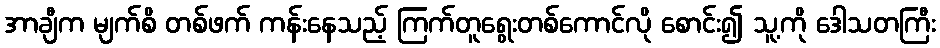
အာချီက မျက်စိ တစ်ဖက် ကန်းနေသည့် ကြက်တူရွေးတစ်ကောင်လို စောင်း၍ သူ့ကို ဒေါသတကြီး